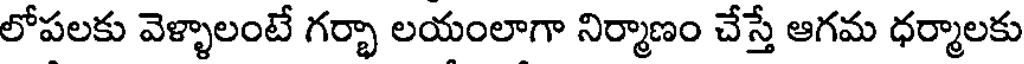
లోపలకు వెళ్ళాలంటే గర్భా లయంలాగా నిర్మాణం చేస్తే ఆగమ ధర్మాలకు